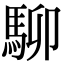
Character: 駠